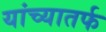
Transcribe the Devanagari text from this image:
यांच्यातर्फ